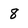
Character: 8